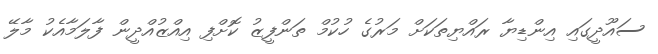
ސައޫދީގައި އިންޑިޔާ ރައްޔިތަކަށް މަރުގެ ހުކުމް ތަންފީޒު ކޮށްފި އިއްޒުއްދީން ފާލަމާއެކު މާލޭ